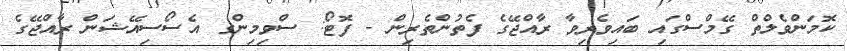
ކޮމަންވެލްތް ގޭމްސްގައި ބައިވެރިވާ ރާއްޖޭގެ ފެތުންތެރިން - ފޮޓޯ: ސްވިމިންގ އެސޯސިއޭޝަން ރާއްޖޭގެ